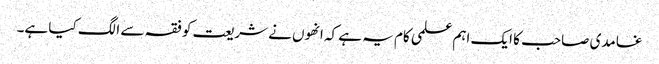
غامدی صاحب کا ایک اہم علمی کام یہ ہے کہ انھوں نے شریعت کو فقہ سے الگ کیا ہے۔